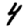
Digit: 4